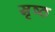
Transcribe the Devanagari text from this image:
स्रृष्ठ